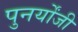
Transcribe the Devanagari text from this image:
पुनर्योंजी